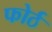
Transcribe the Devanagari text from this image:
फोर्ठ